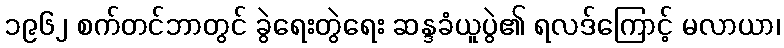
၁၉၆၂ စက်တင်ဘာတွင် ခွဲရေးတွဲရေး ဆန္ဒခံယူပွဲ၏ ရလဒ်ကြောင့် မလာယာ၊